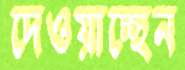
দেওয়াচ্ছেন